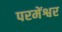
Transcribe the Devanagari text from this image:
परमेंश्वर